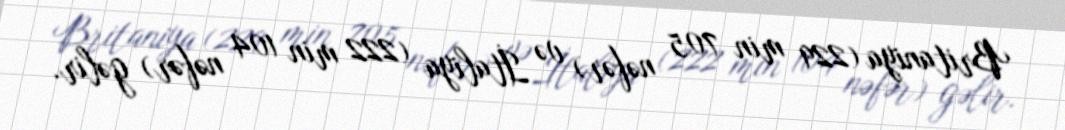
Britaniya (229 min 705 nəfər) və İtaliya (222 min 104 nəfər) gəlir.